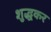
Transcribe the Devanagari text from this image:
शुद्धकर